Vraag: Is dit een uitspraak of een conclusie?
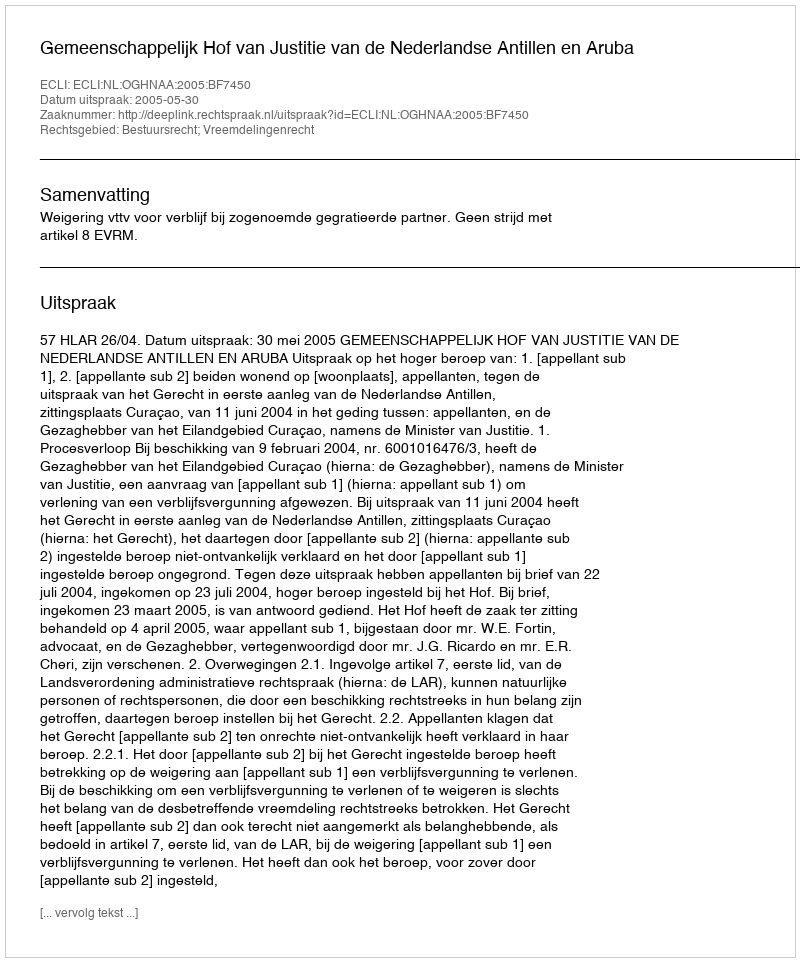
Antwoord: Uitspraak